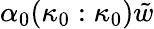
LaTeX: \alpha_{0}(\kappa_{0}:\kappa_{0})\tilde{w}